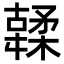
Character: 䂋